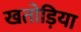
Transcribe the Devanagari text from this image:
खतोड़िया